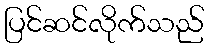
ပြင်ဆင်လိုက်သည်